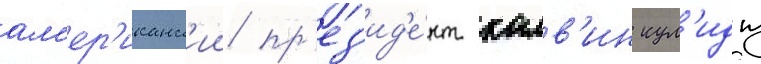
ам'ер'иканск'ии пр'ез'ид'е́нт калв'ин кул'идж